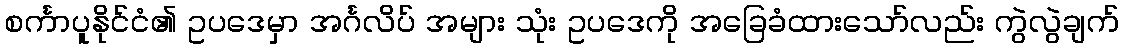
စင်္ကာပူနိုင်ငံ၏ ဥပဒေမှာ အင်္ဂလိပ် အများ သုံး ဥပဒေကို အခြေခံထားသော်လည်း ကွဲလွဲချက်